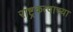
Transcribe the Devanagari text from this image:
राष्ट्रकत्वाच्या